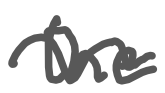
Text: the
Cross-out: wave
Writing tool: digital_gray